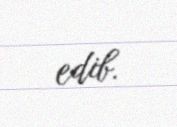
edib.